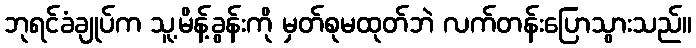
ဘုရင်ခံချုပ်က သူ့မိန့်ခွန်းကို မှတ်စုမထုတ်ဘဲ လက်တန်းပြောသွားသည်။